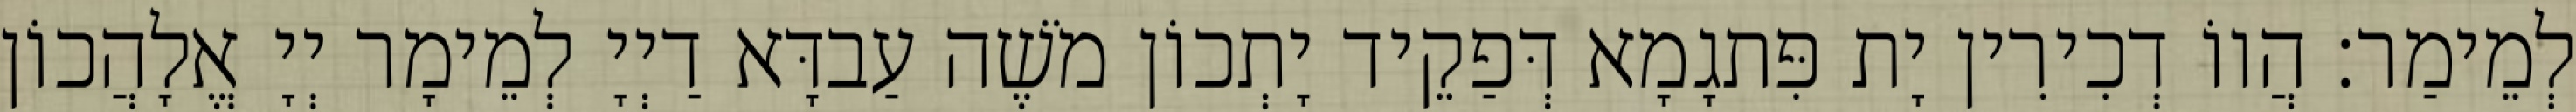
לְמֵימַר׃ הֲווֹ דְכִירִין יָת פִּתגָמָא דְּפַקֵיד יָתְכוֹן מֹשֶׁה עַבדָּא דַיְיָ לְמֵימָר יְיָ אֱלָהֲכוֹן